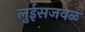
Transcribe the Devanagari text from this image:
लुईसजवळ